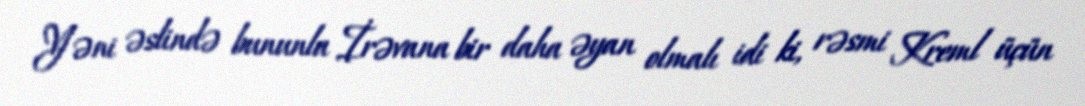
Yəni əslində bununla İrəvana bir daha əyan olmalı idi ki, rəsmi Kreml üçün